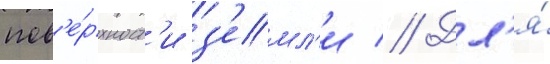
пов'е́рхност'и з'емл'и // Дл'я́